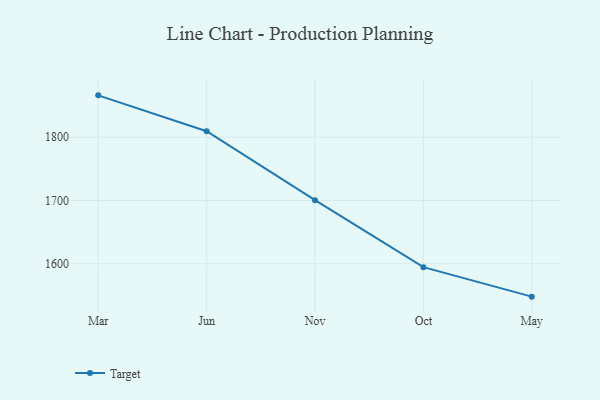
{"axis": {"x": "Month", "y": "Customer Acquisition Cost (USD)"}, "legend": ["Target"], "data": [{"x": "Mar", "y": 1866.3, "type": "Target"}, {"x": "Jun", "y": 1809.6, "type": "Target"}, {"x": "Nov", "y": 1700.6, "type": "Target"}, {"x": "Oct", "y": 1594.6, "type": "Target"}, {"x": "May", "y": 1548.0, "type": "Target"}]}